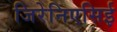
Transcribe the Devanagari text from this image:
जिरेनिएसिई